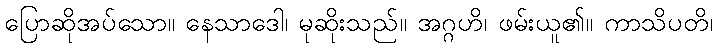
ပြောဆိုအပ်သော။ နေသာဒေါ၊ မုဆိုးသည်။ အဂ္ဂဟိ၊ ဖမ်းယူ၏။ ကာသိပတိ၊